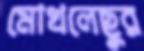
মোখলেছুর